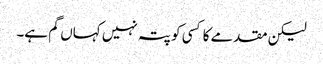
لیکن مقدمے کا کسی کو پتہ نہیں کہاں گم ہے۔